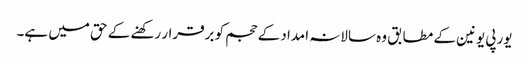
یورپی یونین کے مطابق وہ سالانہ امداد کے حجم کو برقرار رکھنے کے حق میں ہے۔